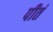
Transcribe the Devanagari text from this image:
पीतं